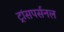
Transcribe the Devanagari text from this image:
ट्रांसपर्सनल